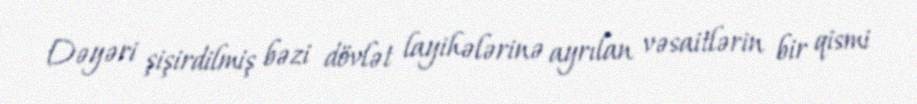
Dəyəri şişirdilmiş bəzi dövlət layihələrinə ayrılan vəsaitlərin bir qismi